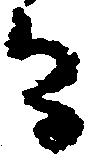
間